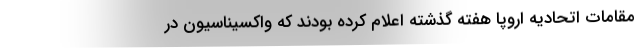
مقامات اتحادیه اروپا هفته گذشته اعلام کرده بودند که واکسیناسیون در